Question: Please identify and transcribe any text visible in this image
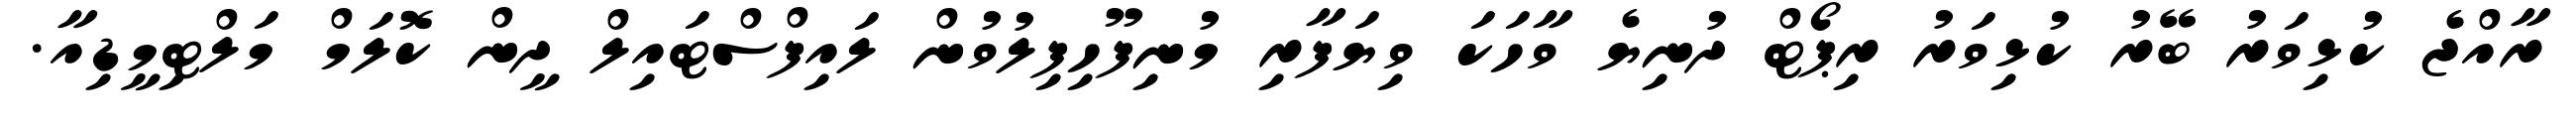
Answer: ރާއްޖެ ކުޅިވަރު ބޭރު ކުޅިވަރު ރިޕޯޓް ދުނިޔެ ވާހަކަ ވިޔަފާރި މުނިފޫހިފިލުވުން ލައިފްސްޓައިލް ދީން ކޮލަމް މަލްޓިމީޑިއާ.